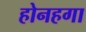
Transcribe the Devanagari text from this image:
होनहगा